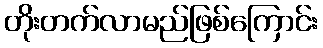
တိုးတက်လာမည်ဖြစ်ကြောင်း